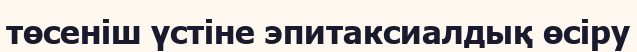
төсеніш үстіне эпитаксиалдық өсіру